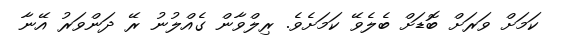
ކަމަށް ވަރަށް ބޮޑަށް ބެލެވޭ ކަމަށެވެ. ރިލްވާން ގެއްލުނު ރޭ ދަންވަރު އޭނާ